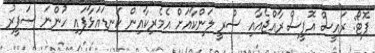
ފޮޓޯ: ރައީސް އޮފީސް ރާއްޖެއާއި ސްރީ ލަންކާއަށް އެމެރިކާއިން ކަނޑައަޅާފައި ހުންނަ ސަފީރު